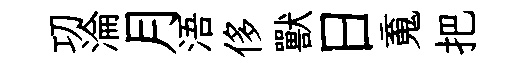
㓛淪月浯侈獸日䰟把